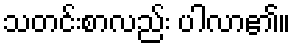
သတင်းစာလည်း ပါလာ၏။